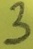
Text: 3